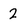
Character: 2